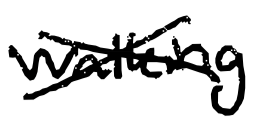
Text: Walking
Cross-out: cross
Writing tool: digital_black